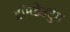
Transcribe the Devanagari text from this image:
ट्रॉमडेउटुंग